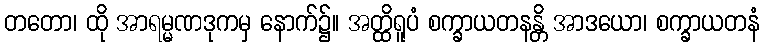
တတော၊ ထို အာရမ္မဏဒုကမှ နောက်၌။ အတ္ထိရူပံ စက္ခာယတနန္တိ အာဒယော၊ စက္ခာယတနံ